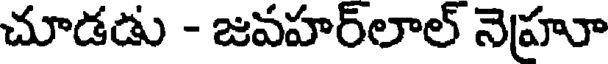
చూడడు - జవహర్లాల్ నెహూ